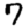
Digit: 7